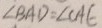
\angle B A D = \angle C A E